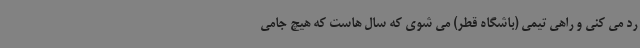
رد می کنی و راهی تیمی (باشگاه قطر) می شوی که سال هاست که هیچ جامی